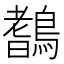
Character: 𪄖